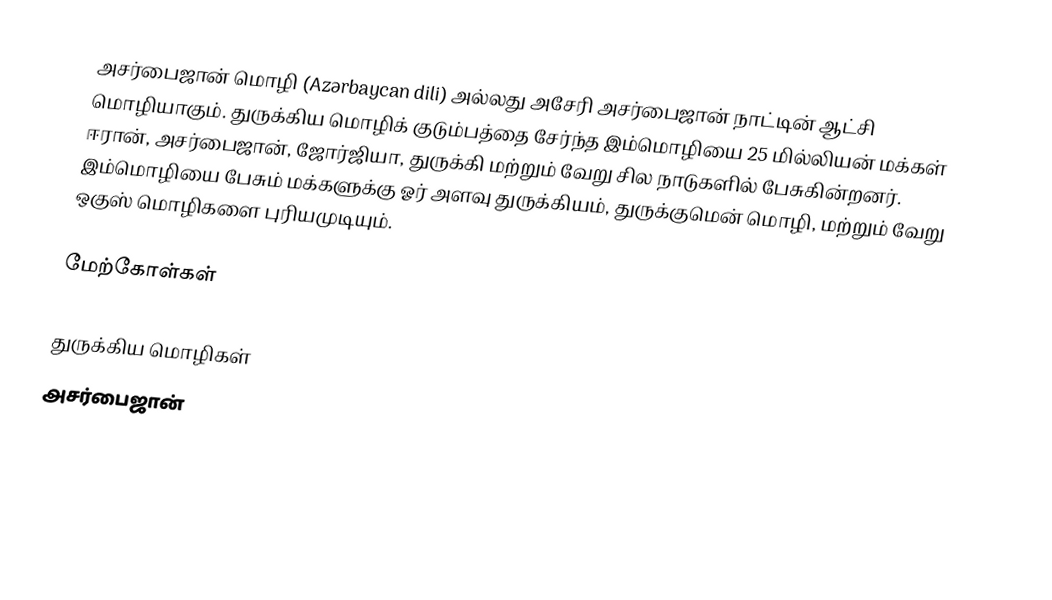
அசர்பைஜான் மொழி (Azərbaycan dili) அல்லது அசேரி அசர்பைஜான் நாட்டின் ஆட்சி மொழியாகும். துருக்கிய மொழிக் குடும்பத்தை சேர்ந்த இம்மொழியை 25 மில்லியன் மக்கள் ஈரான், அசர்பைஜான், ஜோர்ஜியா, துருக்கி மற்றும் வேறு சில நாடுகளில் பேசுகின்றனர். இம்மொழியை பேசும் மக்களுக்கு ஓர் அளவு துருக்கியம், துருக்குமென் மொழி, மற்றும் வேறு ஒகுஸ் மொழிகளை புரியமுடியும்.

மேற்கோள்கள்

துருக்கிய மொழிகள்
அசர்பைஜான்